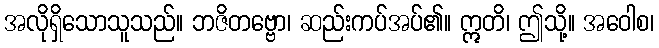
အလိုရှိသောသူသည်။ ဘဇိတဗ္ဗော၊ ဆည်းကပ်အပ်၏။ ဣတိ၊ ဤသို့။ အဝေါစ၊